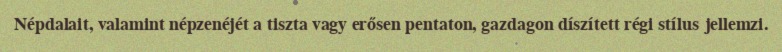
Népdalait, valamint népzenéjét a tiszta vagy erősen pentaton, gazdagon díszített régi stílus jellemzi.